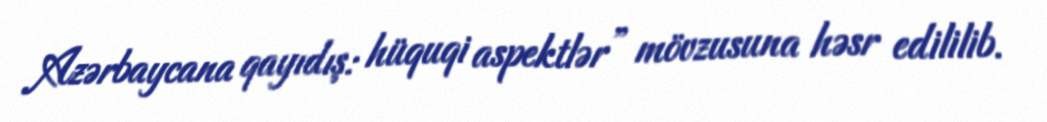
Azərbaycana qayıdış: hüquqi aspektlər” mövzusuna həsr edililib.